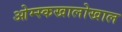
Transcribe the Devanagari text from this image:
ओम्स्कखालोखाल